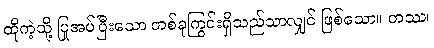
ထိုကဲ့သို့ ပြုအပ်ပြီးသော တစ်ခုကြွင်းရှိသည်သာလျှင် ဖြစ်သော။ တဿ၊